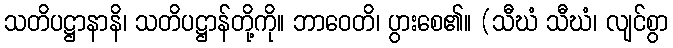
သတိပဋ္ဌာနာနိ၊ သတိပဋ္ဌာန်တို့ကို။ ဘာဝေတိ၊ ပွားစေ၏။ (သီဃံ သီဃံ၊ လျင်စွာ